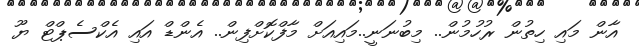
އާން މައި ހިތުން ރުހުމުން.. މިބުނަނީ..މައިއަށް މާފްކޮށްފިން.. އެންޑް އައި އެކްސެޕްޓް ޔޫ